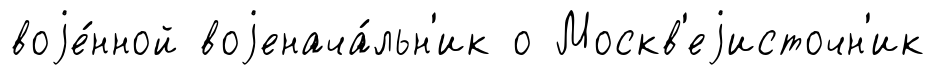
воjе́нной воjенача́льн'ик о Москв'еjисточн'ик